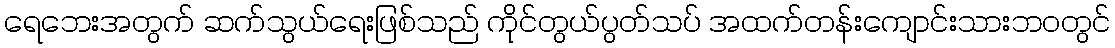
ရေဘေးအတွက် ဆက်သွယ်ရေးဖြစ်သည် ကိုင်တွယ်ပွတ်သပ် အထက်တန်းကျောင်းသားဘဝတွင်